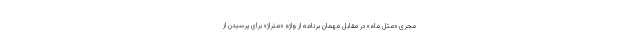
مجری «مثل ماه» در مقابل مهمان برنامه از واژه «متراژ» برای پرسیدن از